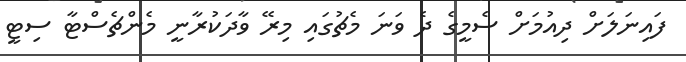
ފައިނަލަށް ދިއުމަށް ސެމީގެ ދެ ވަނަ މެޗުގައި މިރޭ ވާދަކުރާނީ މެންޗެސްޓާ ސިޓީ